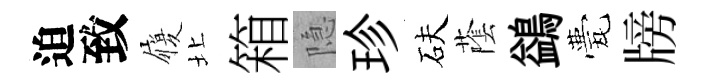
迫致履北箱隐珍砆䕃鷁甍牓